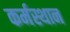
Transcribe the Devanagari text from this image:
कर्मस्थान